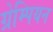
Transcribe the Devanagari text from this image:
ग्रेम्पियन